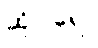
ဆိုပါရေ။